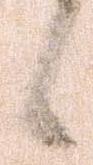
候